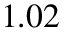
1 . 0 2